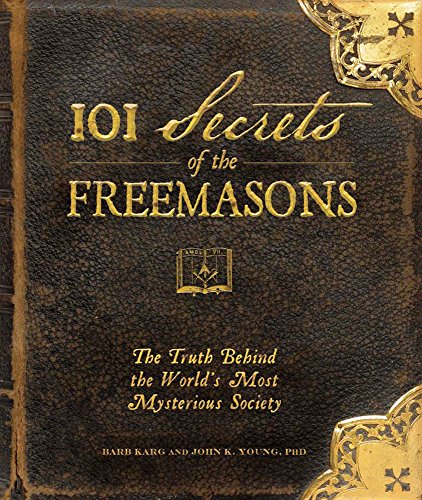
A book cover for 101 Secrets of the Freemasons: The Truth Behind the World's Most Mysterious Society; Barb Karg; History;